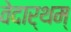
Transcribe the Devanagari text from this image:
वेदार्थम्